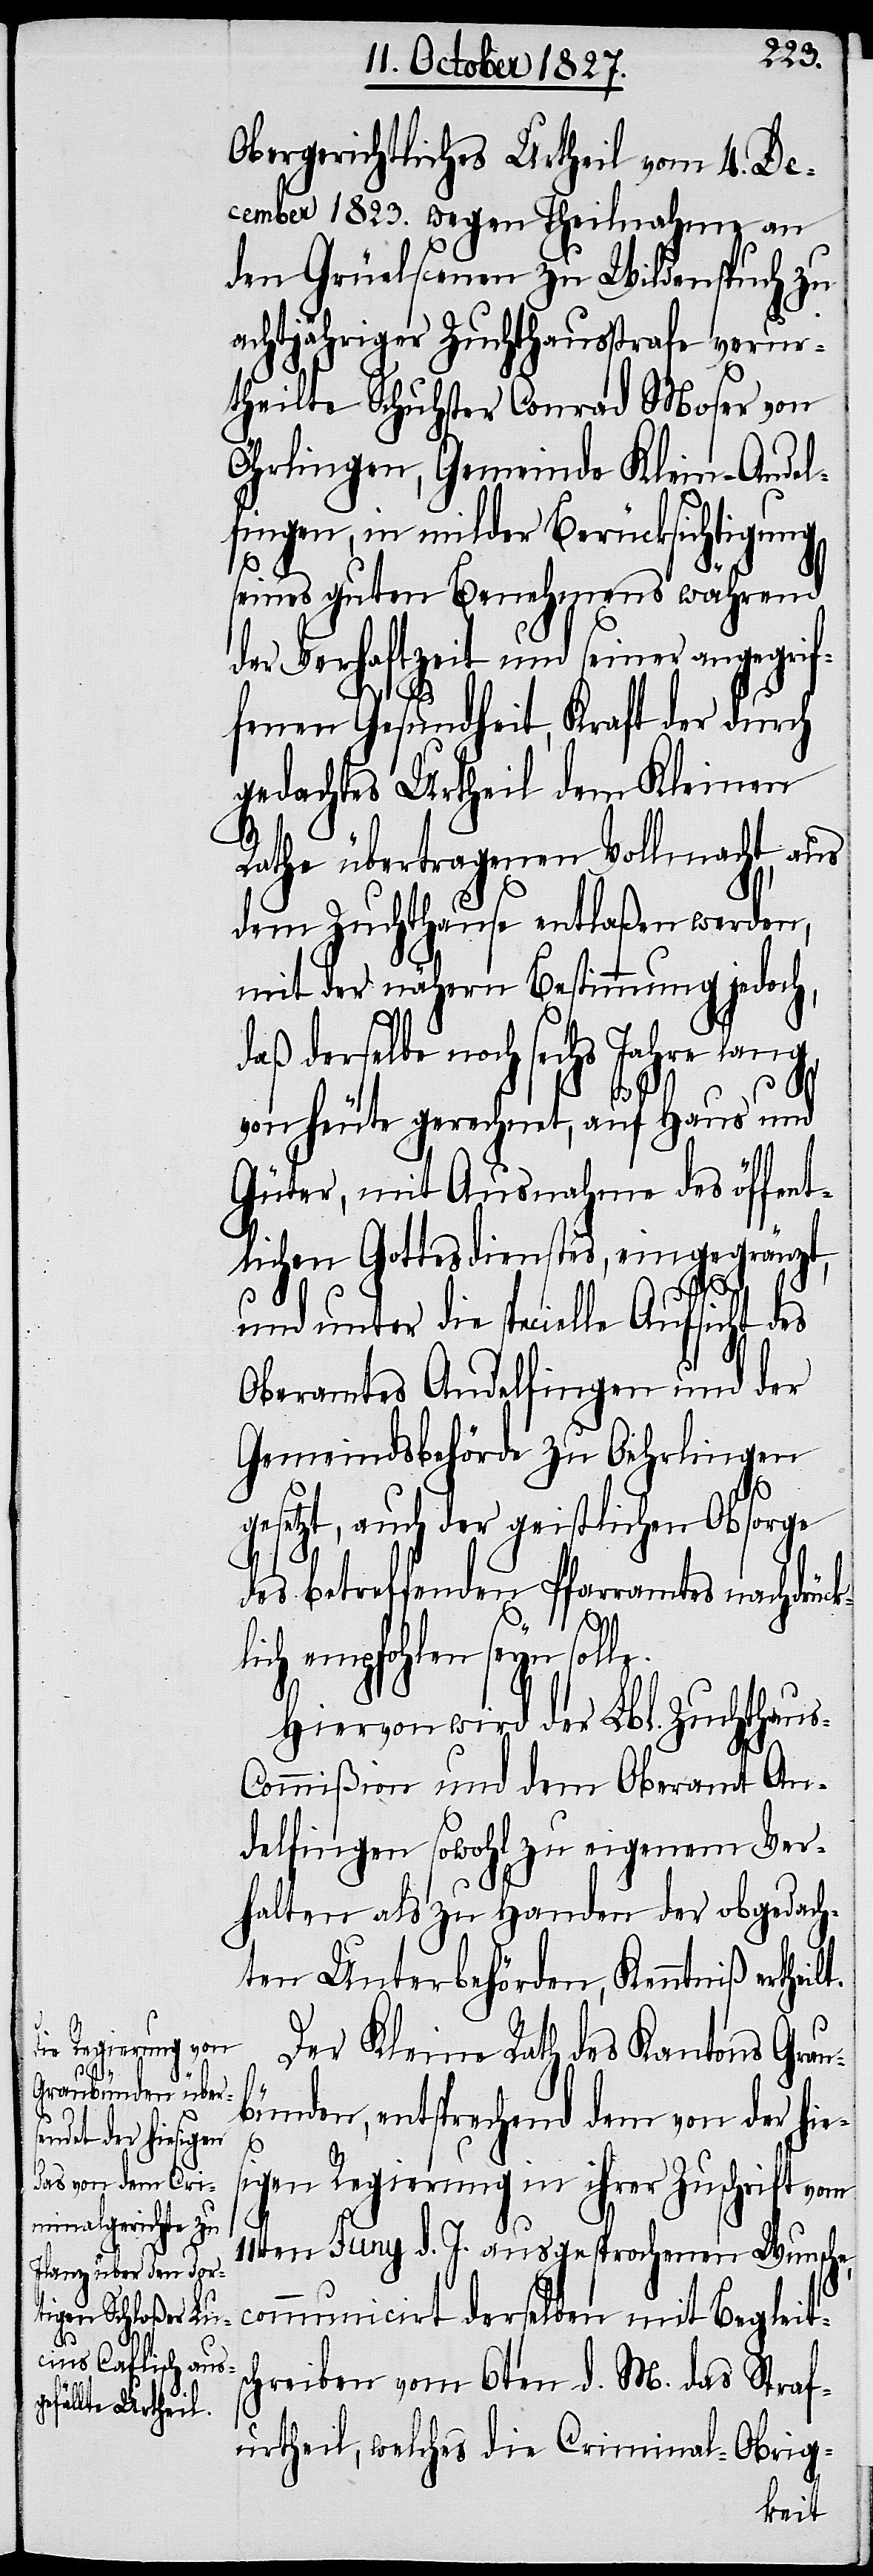
lt.

Obergerichtliches Urtheil vom 4. De¬
cember 1832. wegen Theilnahme an
den Grüelscenen zu Wildenspuch zu
achtjähriger Zuchthausstrafe verur¬
theilte Schuhster Conrad Moser von
Öhrlingen, Gemeinde Klein-Andel¬
fingen, in milder Berücksichtigung
seines guten Benehmens während
der Verhaftzeit und seiner angegrif¬
fenen Gesundheit, Kraft der durch
gedachtes Urtheil dem Kleinen
Rathe übertragenen Vollmacht, aus
dem Zuchthause entlaßen werden,
mit der nähern Bestimmung jedoch,
daß derselbe noch sechs Jahre
von heute gerechnet, auf Haus und
Güter, mit Ausnahme des öffent¬
lichen Gottesdienstes, eingegränzt,
unter die specielle Aufsicht des
Oberamts Andelfingen und der
Gemeindsbehörde zu Oehrlingen
gesetzt, auch der geistlichen Obsorge
des betreffenden Pfarramtes nachdrück¬
ch empfohlen seyn so¬
Hiervon wird der Lbl. Zuchthaus-C¬
ommißion und dem Oberamt An¬
delfingen sowohl zu eigenem Ver¬
halten als zu Handen der obgedach¬
ten Unterbehörden, Kenntniß erthei¬
Der Kleine Rath des Kantons Grau¬
bünden, entsprechend dem von der hie¬
s¬
igen Regierung in ihrer Zuschrift vom
11ten Juny d. J. ausgesprochenen Wunsche,
communicirt derselben mit Begleits¬
chreiben vom 6ten d. M. das Straf¬
urtheil, welches die Criminal-Obrig-